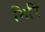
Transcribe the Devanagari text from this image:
मिरिं